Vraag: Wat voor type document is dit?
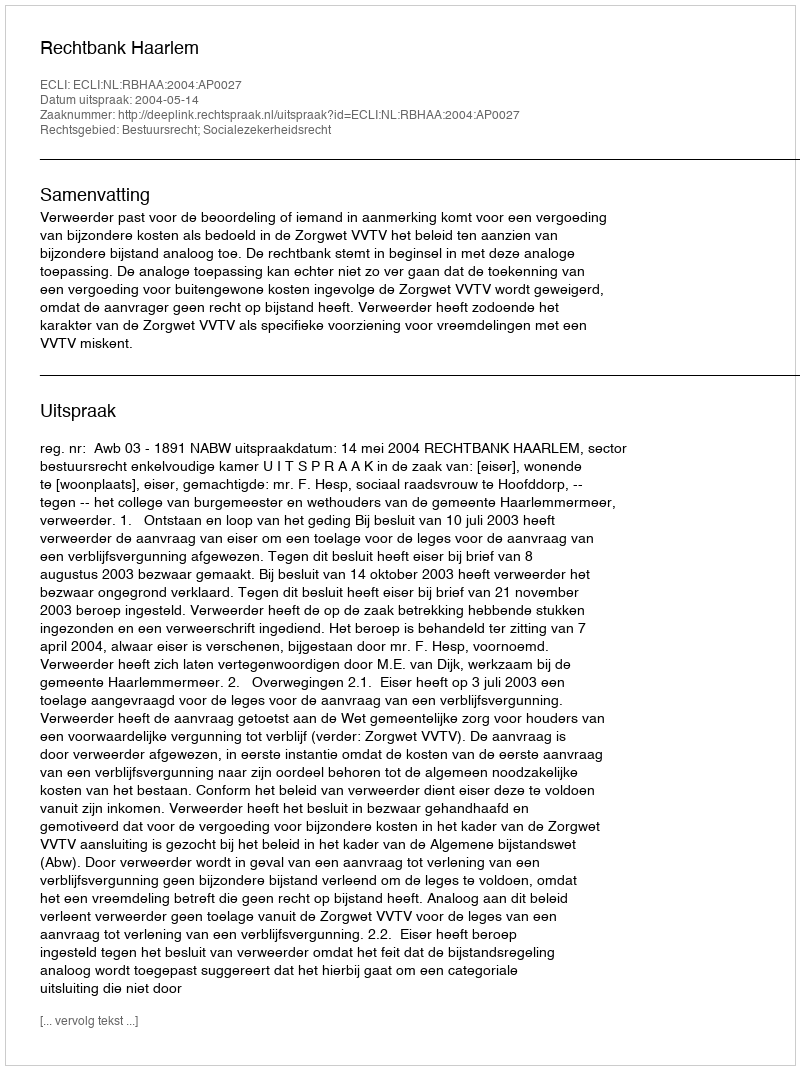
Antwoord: Uitspraak